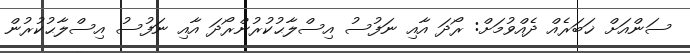
ސަންއަށް ޚަބަރެއް ދެއްވުމަށް: ރޯދަ އާއި ނަފުސު އިސްލާޙުކުރުންރޯދަ އާއި ނަފުސު އިސްލާޙުކުރުން